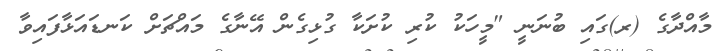
މާއްދާގެ (ރ)ގައި ބުނަނީ "މީހަކު ކުރި ކުށަކާ ގުޅިގެން އޭނާގެ މައްޗަށް ކަނޑައަޅާފައިވާ